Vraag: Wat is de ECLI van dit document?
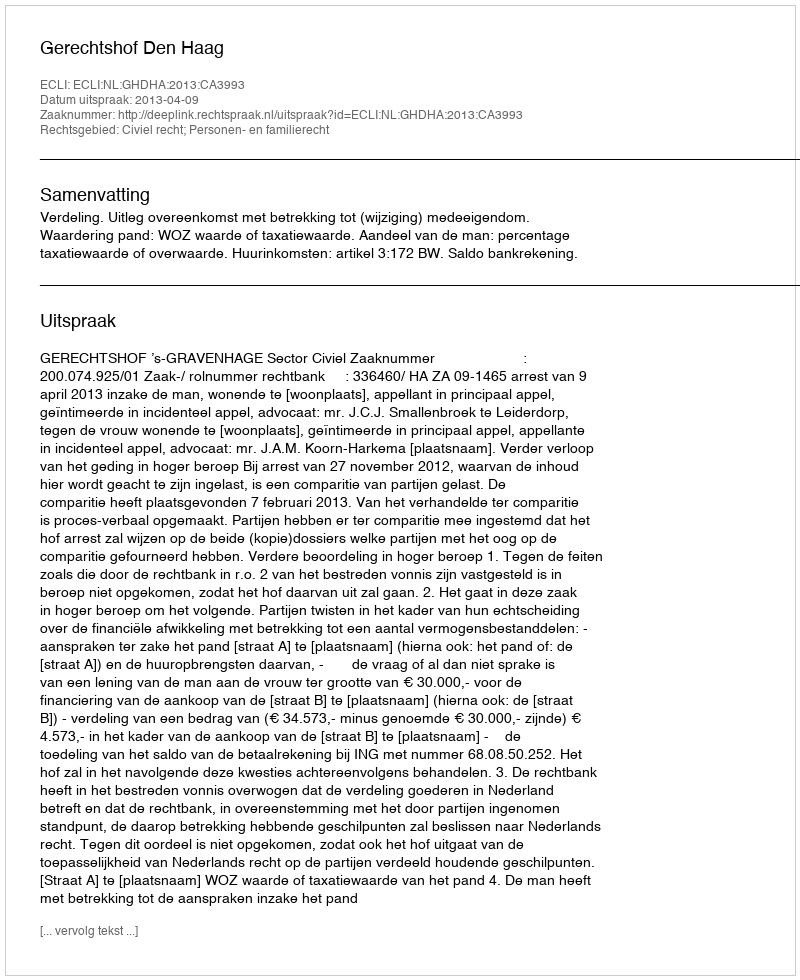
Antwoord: ECLI:NL:GHDHA:2013:CA3993